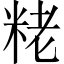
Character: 粩